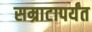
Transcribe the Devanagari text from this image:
सम्राटापर्यंत